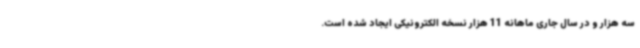
سه هزار و در سال جاری ماهانه 11 هزار نسخه الکترونیکی ایجاد شده است.